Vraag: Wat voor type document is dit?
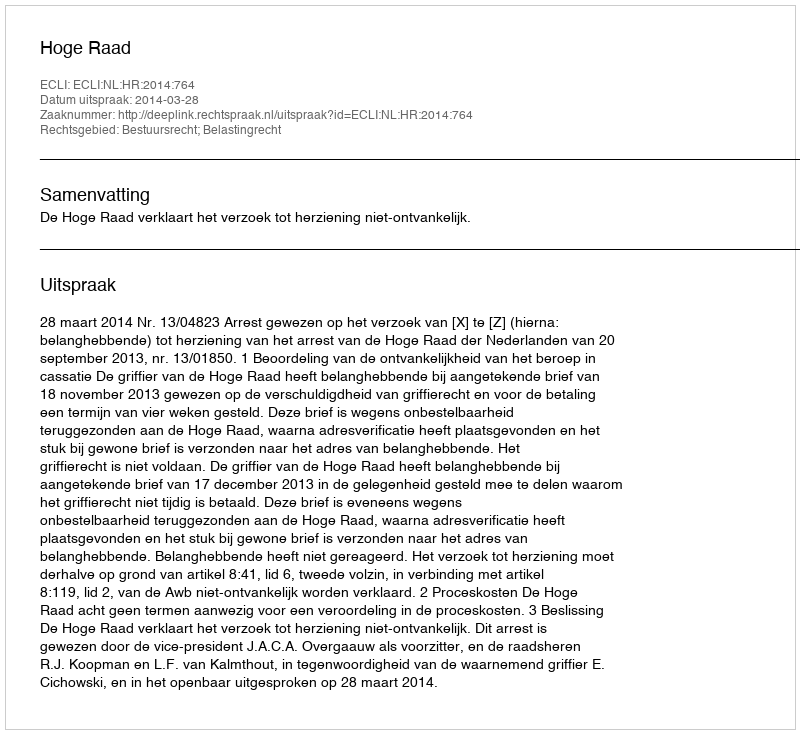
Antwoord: Uitspraak